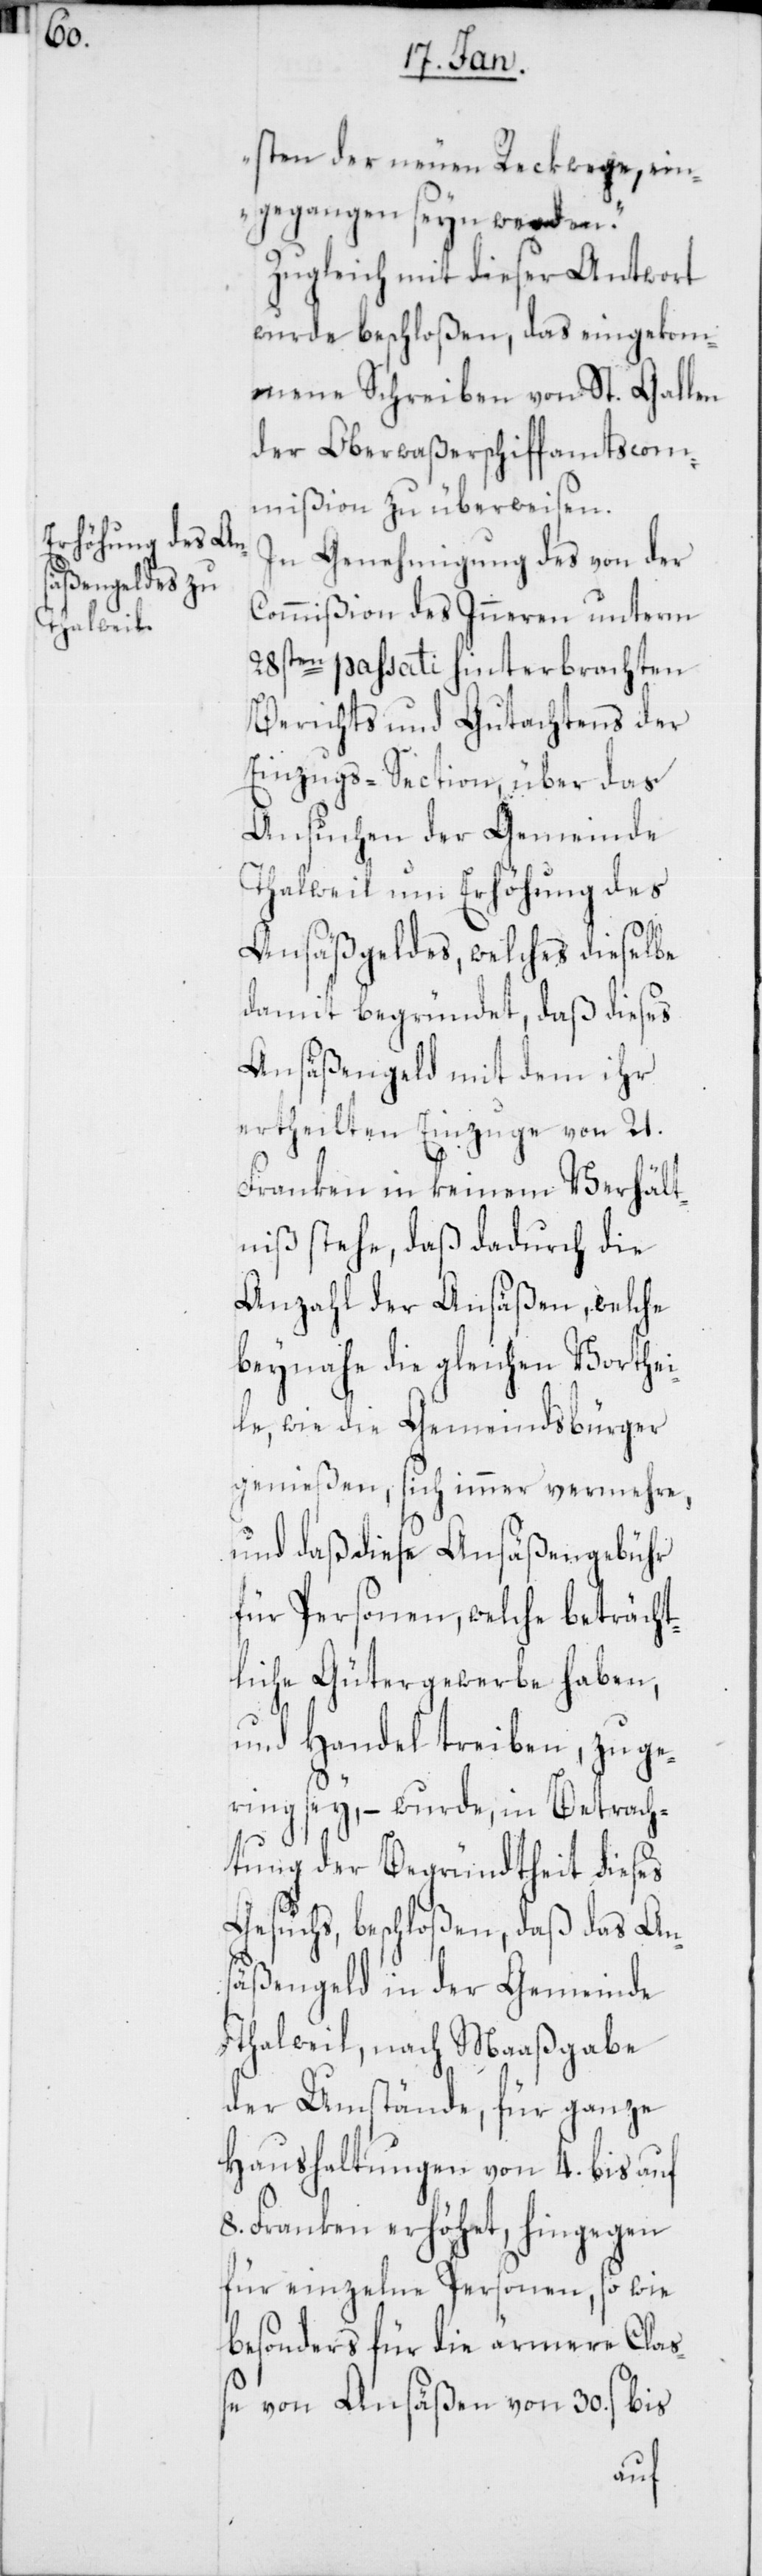
sten der neuen Reckwege, ein¬
gegangen seyn werden.“
Zugleich mit dieser Antwort
wurde beschloßen, das eingekom¬
mene Schreiben von St. Gallen
der Oberwaßerschiffamtscom¬
mißion zu überweisen.
In Genehmigung des von der
Commißion des Inneren unterm
28sten passati hinterbrachten
Berichts und Gutachtens der
Einzugs-Section, über das
Ansuchen der Gemeinde
Thalweil um Erhöhung des
Ansäßgeldes, welches dieselbe
damit begründet, daß dieses
Ansäßgeld mit dem ihr
ertheilten Einzuge von 21.
Franken in keinem Verhält¬
niß stehe, daß dadurch die
Anzahl der Ansäßen, welche
beynahe die gleichen Vorthei¬
le, wie die Gemeindsbürger
genießen, sich immer vermehre,
und daß diese Ansäßengebühr
für Personen, welche beträcht¬
liche Gütergewerbe haben
und Handel treiben, zu ge¬
ring sey, – wurde, in Betrach¬
tung der Begründtheit dieses
Gesuchs, beschloßen, daß das An¬
säßengeld in der Gemeinde
Thalweil, nach Maaßgabe
der Umstände, für ganze
Haushaltungen von 4. bis auf
8. Franken erhöhet, hingegen
für einzelne Personen, so wie
besonders für die ärmere Cla¬
ße von Ansäßen von 30. s bis